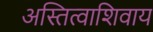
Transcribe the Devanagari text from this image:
अस्तित्वाशिवाय